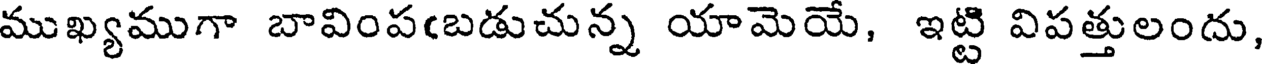
ముఖ్యముగా బావింపఁబడుచున్న యామెయే, ఇట్టి విపత్తులందు,